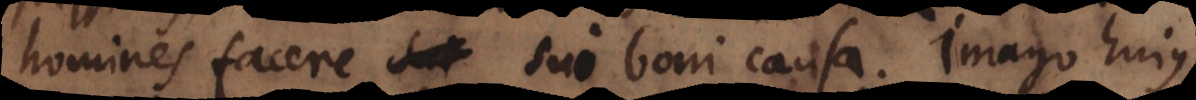
homines facere sui boni causa. Scilicet